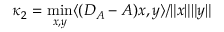
\kappa _ { 2 } = \operatorname* { m i n } _ { { \boldsymbol x } , { \boldsymbol y } } \langle ( D _ { A } - A ) { \boldsymbol x } , { \boldsymbol y } \rangle / \| { \boldsymbol x } \| \| { \boldsymbol y } \|